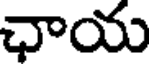
ఛాయ